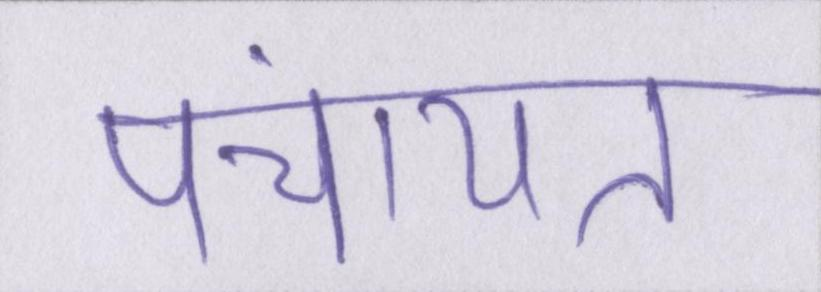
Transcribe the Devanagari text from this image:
पंचायत